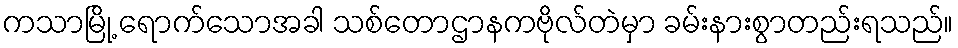
ကသာမြို့ ရောက်သောအခါ သစ်တောဌာနကဗိုလ်တဲမှာ ခမ်းနားစွာတည်းရသည်။